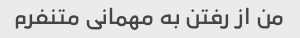
من از رفتن به مهمانی متنفرم